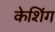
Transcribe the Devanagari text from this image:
केशिंग